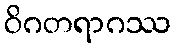
ဝိဂတရာဂဿ